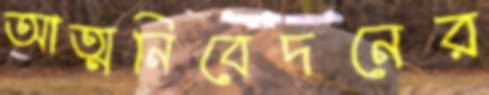
আত্মনিবেদনের